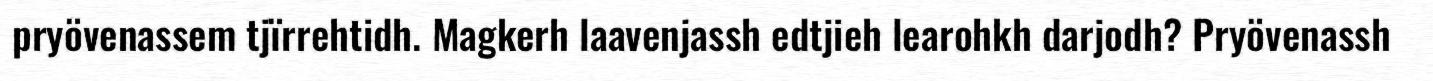
pryövenassem tjïrrehtidh. Magkerh laavenjassh edtjieh learohkh darjodh? Pryövenassh